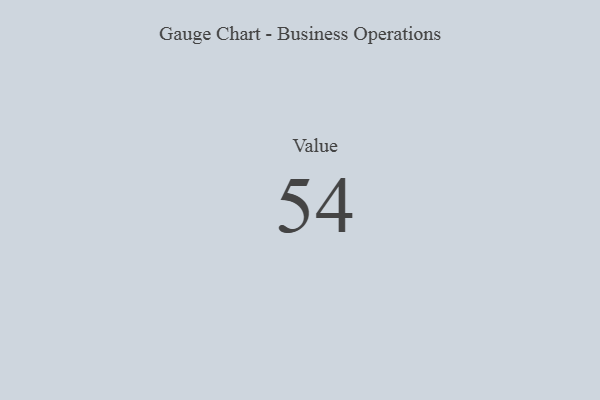
{"axis": {"x": "Metric", "y": "Value"}, "legend": [""], "data": [{"x": "Value", "y": 54, "type": ""}]}